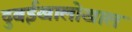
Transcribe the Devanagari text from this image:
दुबईखालोखाल